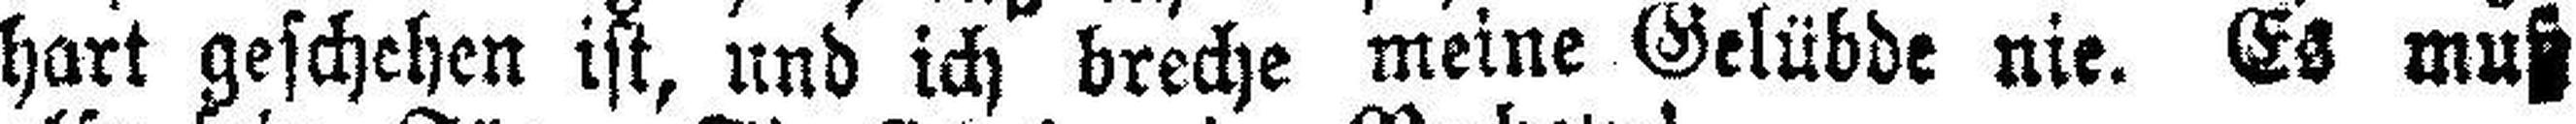
hart geschehen ist, und ich breche meine Gelübde nie. Es muß